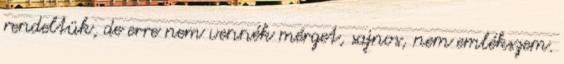
rendeltük, de erre nem vennék mérget, sajnos, nem emlékszem.